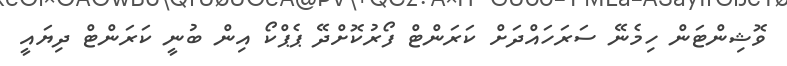
ވޮޝިންޓަން ހިމެނޭ ސަރަހައްދަށް ކަރަންޓް ފޯރުކޮށްދޭ ޕެޕްކޯ އިން ބުނީ ކަރަންޓް ދިޔައީ